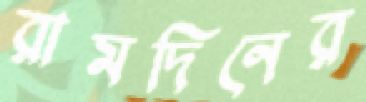
রামদিনের